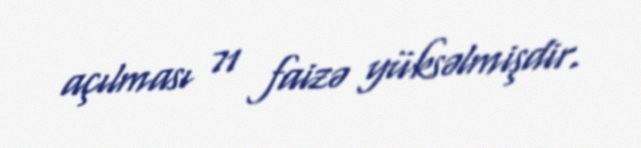
açılması 71 faizə yüksəlmişdir.